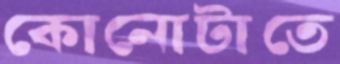
কোনোটাতে